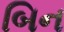
બિન